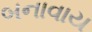
બનાવાય